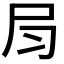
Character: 𡰳